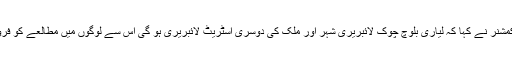
اس نوقع پرکمشنر نے کہا کہ لیاری بلوچ چوک لائبریری شہر اور ملک کی دوسری اسٹریٹ لائبریری ہو گی اس سے لوگوں میں مطالعے کو فروغ ملے گا ۔